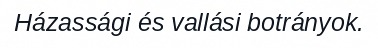
Házassági és vallási botrányok.